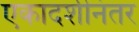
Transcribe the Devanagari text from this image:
एकादशीनंतर